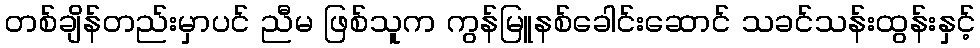
တစ်ချိန်တည်းမှာပင် ညီမ ဖြစ်သူက ကွန်မြူနစ်ခေါင်းဆောင် သခင်သန်းထွန်းနှင့်